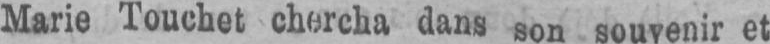
Marie Touchet chercha dans son souvenir et